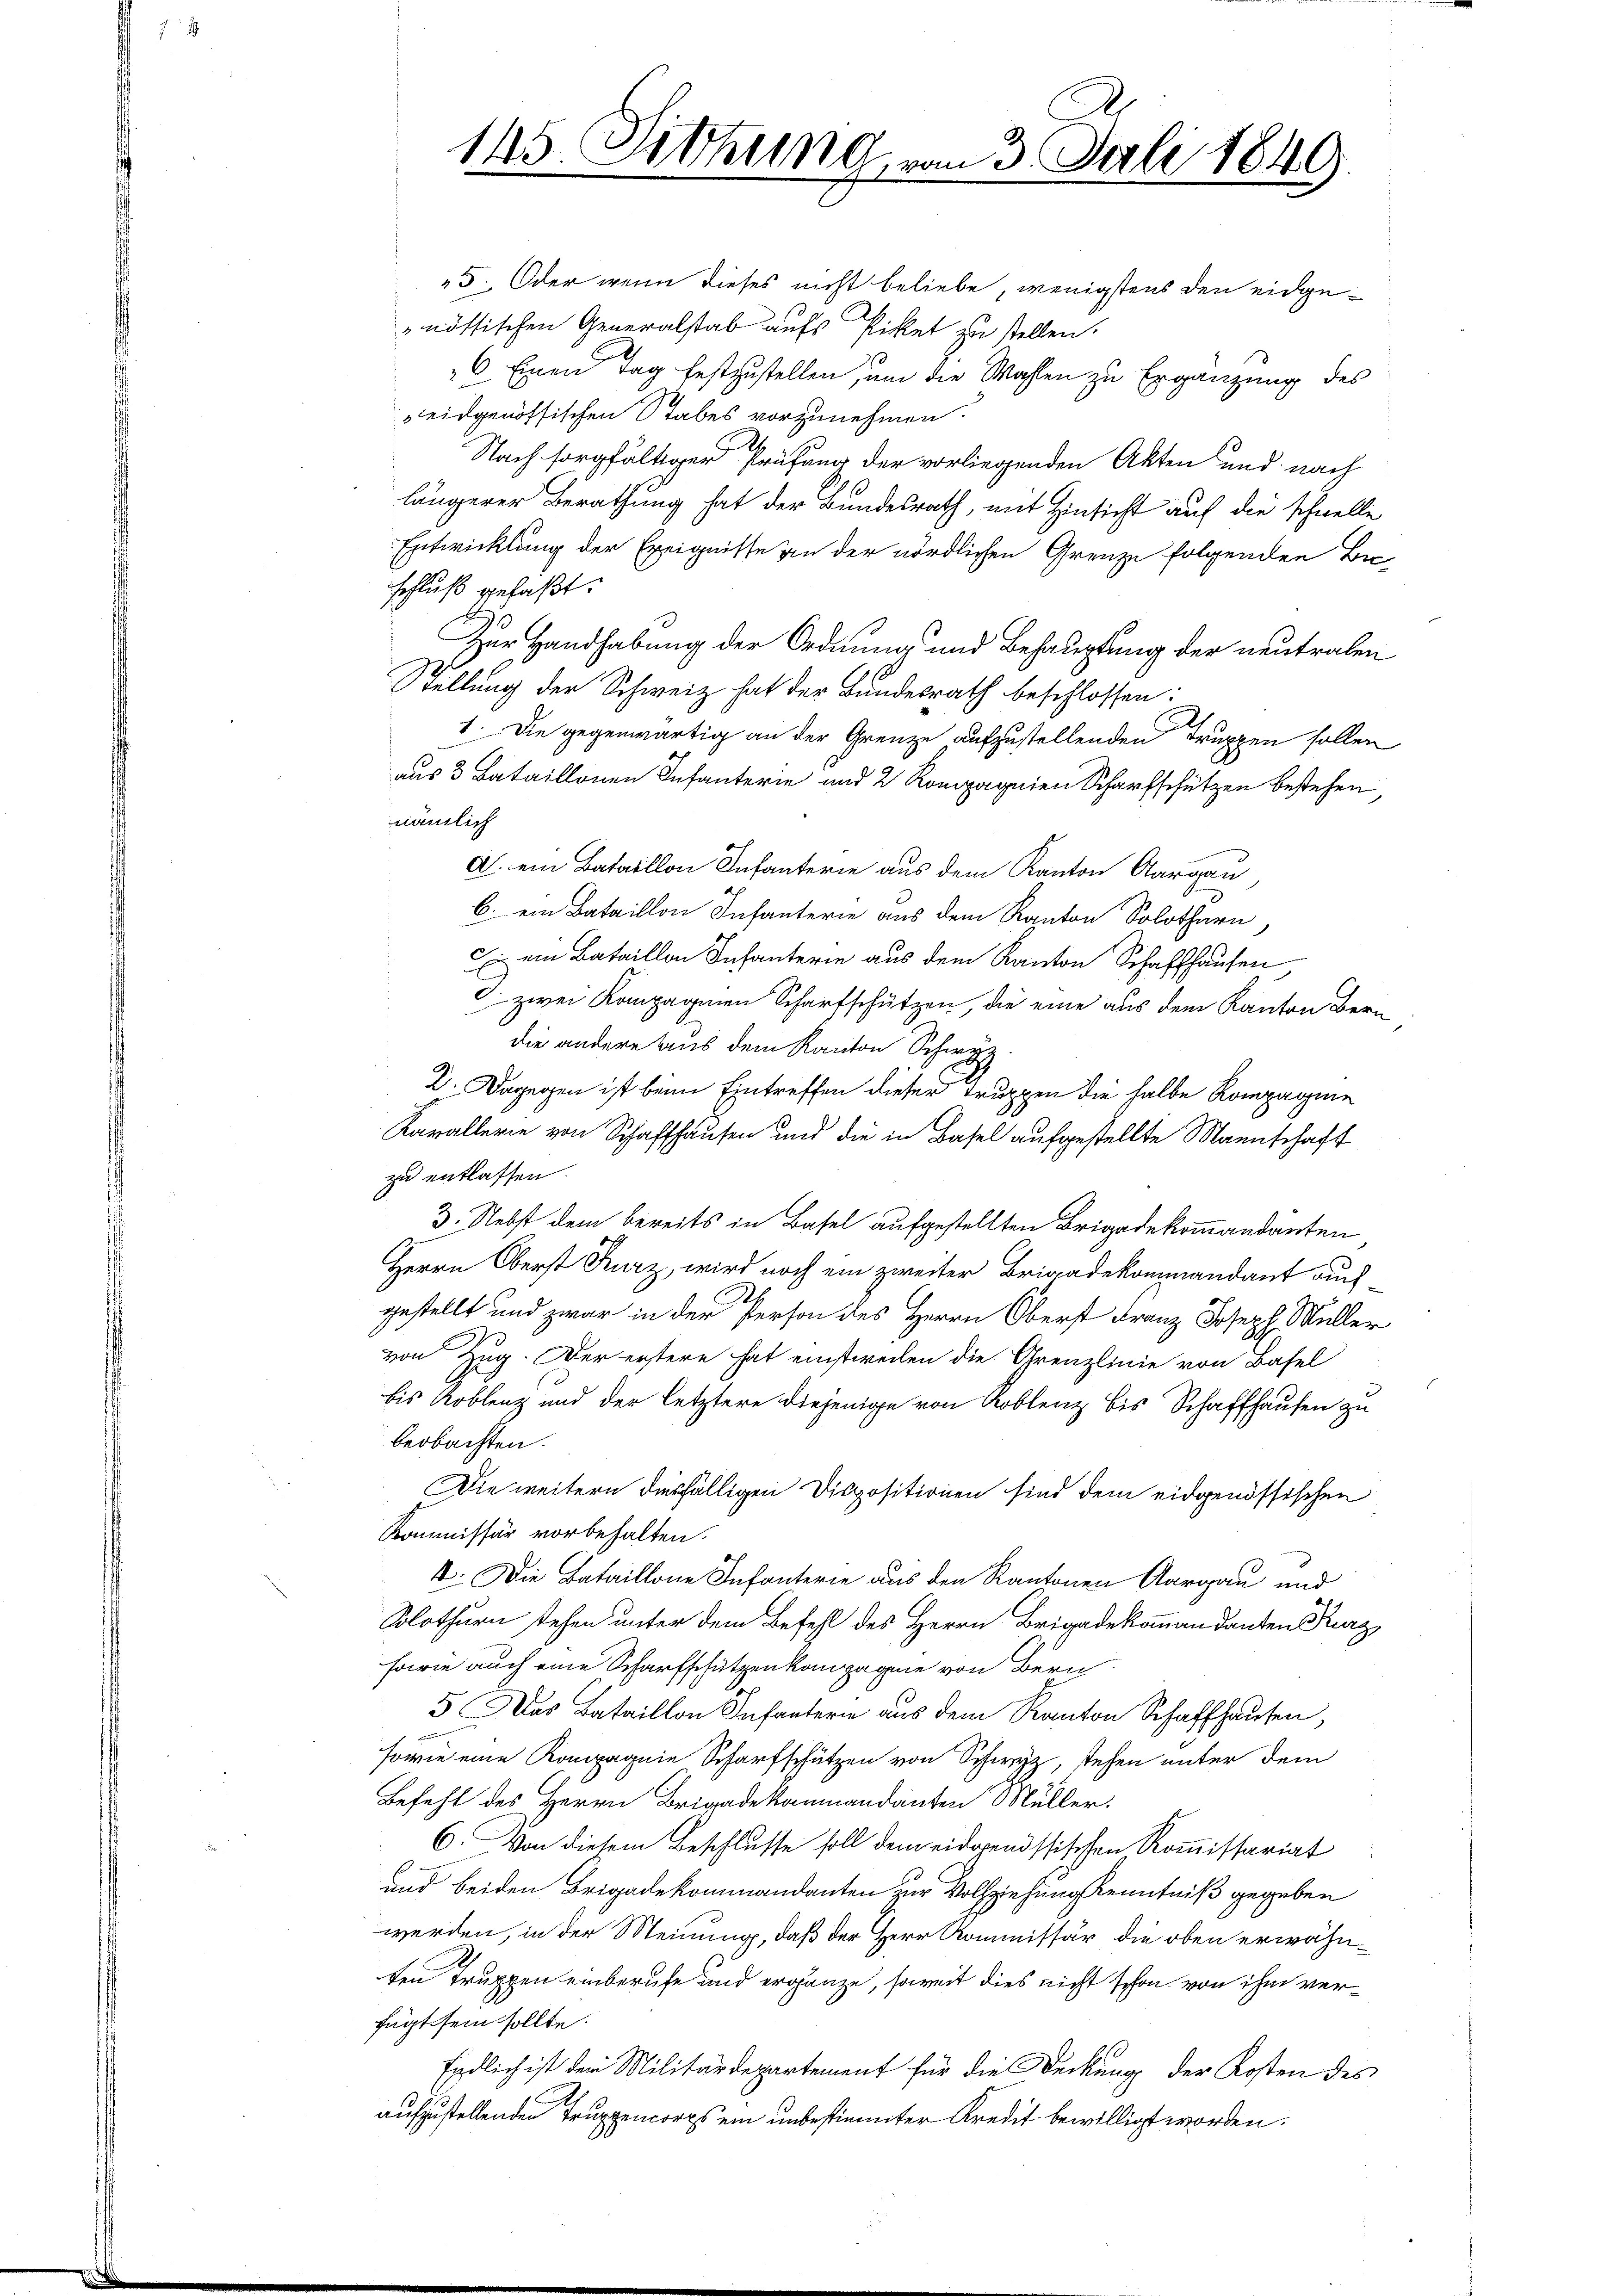
145. Sitzung von 3. Juli 1849.

5. Oder wenn dieses nicht beliebe, wenigstens den eidgenössischen Generalstab aufs Piket zu stellen.
6 Einen Tag festzustellen, um die Wahlen zu Ergänzung des
eidgenössischen Stabes vorzunehmen.
Nach sorgfältiger Prüfung der vorliegenden Akten und nach
längerer Berathung hat der Bundesrath, mit Hinsicht auf die schnelle
Entwicklung der Ereignisse an der nördlichen Grenze folgenden Be-
schluß gefaßt.
Zur Handhabung der Ordnung und Behauptung der neutralen
Stellung der Schweiz hat der Bundesrath beschlossen:
1. Die gegenwärtig an der Grenze aufzustellenden Truppen sollen
aus 3 Bataillonen Infanterie und 2 Rompagnien Scharfschützen bestehen,
nämlich
A. ein Bataillon Infanterie aus dem Kanton Aargau
b. ein Bataillon Infanterie aus dem Kanton Solothurn,
 ein Bataillon Infanterie aus dem Kanton Schaffhausen,
c zwei Kompagnien Scharfschützen, die eine aus dem Kanton Bern
die andere aus dem Kanton Schwyz
2. Dagegen ist beim Eintreffen dieser Truppen die halbe Kompagnie
Karallerie von Schaffhausen und die in Basel aufgestellte Mannschaft
zu entlassen.
3. Nebst dem bereits in Basel aufgestellten Brigadekommandanten
Herrn Oberst Kurz, wird noch ein zweiter Brigadekommandant auch
gestellt und zwar in der Person des Herrn Oberst Franz Joseph Müller
von Zug. Der erstere hat einstrecken die Grenzlinie von Basel
bis Koblenz und der letztere diejenige von Koblenz bis Schaffhausen zu
beobachten.
Die weitern diesfälligen Dispositionen sind dem eidgenössischen
Kommissär vorbehalten.
4. Die Bataillone Infanterie aus den Kantonen Aargau und
Solothurn stehen unter dem Befehl des Herrn Brigadekommandanten Kurz,
forie auch eine Scharfschützen kompagnie von Bern
5 Das Bataillon Infantern aus dem Kanton Schaffhausen,
sowie eine Kompagnie Scharfschützen von Schwyz, stehen unter dem
Befehl des Herrn Brigadekommandanten Müller.
6. Von diesem Beschlusse soll dem eidgenössischen Kommissariat
und beiden Brigadekommandanten zur Vollziehung Kenntniß gegeben
werden, in der Meinung, daß der Herr Kommissär die oben erwähnten Truppen einberufe und ergänze, soweit dies nicht schon von ihm verfügt sein sollte.
Endlich ist der Militärdepartement für die Deckung der Kosten des
.
aufzustellenden Truppencorps ein unbestimmter Kredit bewilligt worden.